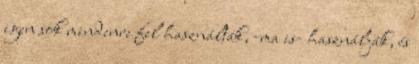
igen sok mindenre fel használták, -ma is- használják, és